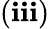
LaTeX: (\mathbf{i}\mathbf{i}\mathbf{i})